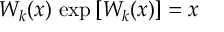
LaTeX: W _ { k } ( x ) \, \exp \left[ W _ { k } ( x ) \right] = x